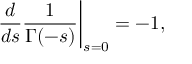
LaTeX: { \frac { d } { d s } } { \frac { 1 } { \Gamma ( - s ) } } \bigg | _ { s = 0 } = - 1 ,